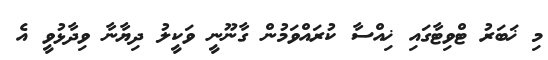
މި ޚަބަރު ޓްވިޓާގައި ޚިއްސާ ކުރައްވަމުން ގާނޫނީ ވަކީލު ދިޔާނާ ވިދާޅުވީ އެ